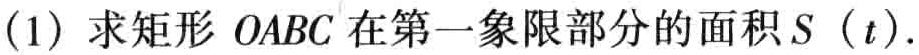
(1) 求矩形 \(OABC\) 在第一象限部分的面积 \(S(t)\).